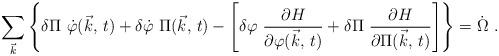
LaTeX: \begin{align*}\sum_{ \vec{k} } \left\{ \delta \Pi \ \dot{\varphi}( \vec{k} , \, t) + \delta \dot{\varphi} \ \Pi (\vec{k} , \, t) - \left[ \delta \varphi \ {\partial H\over \partial \varphi ( \vec{k} , \, t) } + \delta\Pi \ {\partial H \over \partial \Pi ( \vec{k} , \,t) } \right] \right\} = \dot{\Omega} \ .\end{align*}